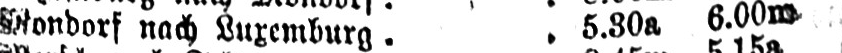
Mondorf nach Luxemburg .. 5.30a 6.00m